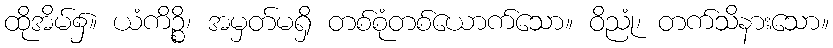
ထိုအိမ်၌။ ယံကိဉ္စိ၊ အမှတ်မရှိ တစ်စုံတစ်ယောက်သော။ ဝိညုံ၊ တက်သိနားသော။